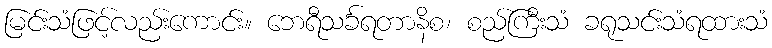
မြင်းသံဖြင့်လည်းကောင်း။ ဘေရီသင်္ခရတာနိစ၊ စည်ကြီးသံ ခရုသင်းသံရထားသံ